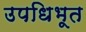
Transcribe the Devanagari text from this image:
उपधिभूत